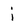
Character: i